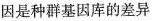
因是种群基因库的差异